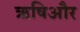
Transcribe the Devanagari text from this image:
ऋषिऔर